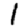
Digit: 1